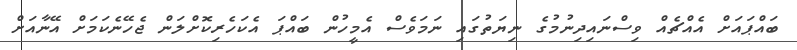
ބައްޕައަށް އެއްޗެއް ވިސްނައިދިނުމުގެ ނިޔަތުގައި ނަމަވެސް އެމީހުން ބައްޕަ އެކަހެރިކޮށްލަން ޖެހޭނެކަމަށް އޭނާއަށް